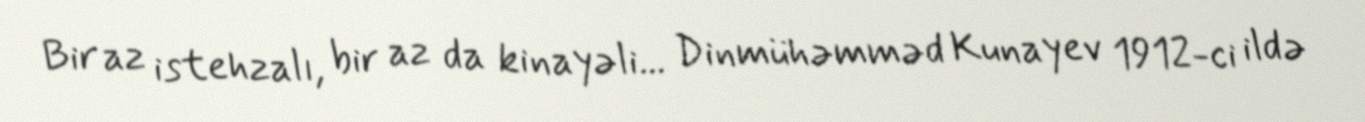
Bir az istehzalı, bir az da kinayəli... Dinmühəmməd Kunayev 1912-ci ildə